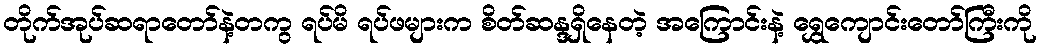
တိုက်အုပ်ဆရာတော်နဲ့တကွ ရပ်မိ ရပ်ဖများက စိတ်ဆန္ဒရှိနေတဲ့ အကြောင်းနဲ့ ရွှေကျောင်းတော်ကြီးကို